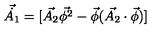
\vec { \dot { A _ { 1 } } } = [ \vec { A _ { 2 } } \vec { \phi ^ { 2 } } - \vec { \phi } ( \vec { A _ { 2 } } \cdot \vec { \phi } ) ]